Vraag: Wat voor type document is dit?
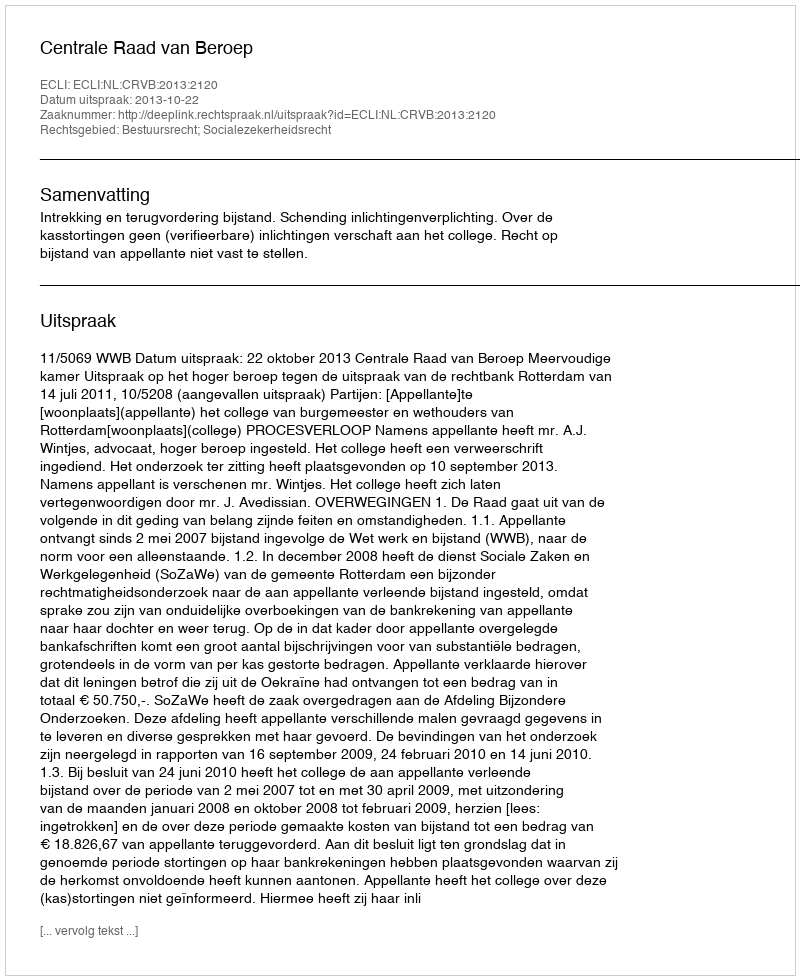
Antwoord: Uitspraak